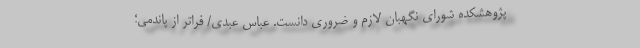
پژوهشکده شورای نگهبان لازم و ضروری دانست. عباس عبدی/ فراتر از پاندمی؛